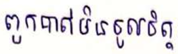
ពួកគាត់មិនចូលចិត្ត